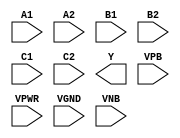
module sky130_fd_sc_ls__a222oi (
    //# {{data|Data Signals}}
    input  A1  ,
    input  A2  ,
    input  B1  ,
    input  B2  ,
    input  C1  ,
    input  C2  ,
    output Y   ,

    //# {{power|Power}}
    input  VPB ,
    input  VPWR,
    input  VGND,
    input  VNB
);
endmodule